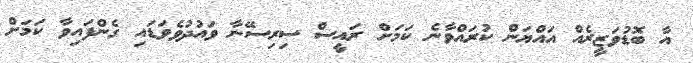
އާ ބޮޑުވަޒީރެއް އައްޔަން ކުރައްވާނެ ކަމަށް ރައީސް ސިރިސޭނާ ވައުދުވެވަޑައި ގެންފައިވާ ކަމަށް